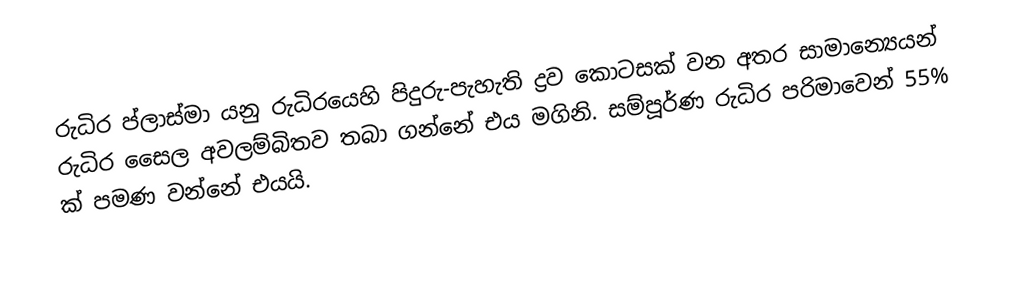
රුධිර ප්ලාස්මා යනු රුධිරයෙහි පිදුරු-පැහැති ද්‍රව කොටසක් වන අතර සාමාන්‍යෙයන් රුධිර සෛල  අවලම්බිතව තබා ගන්නේ එය මගිනි. සම්පූර්ණ රුධිර පරිමාවෙන් 55% ක් පමණ වන්නේ එයයි.